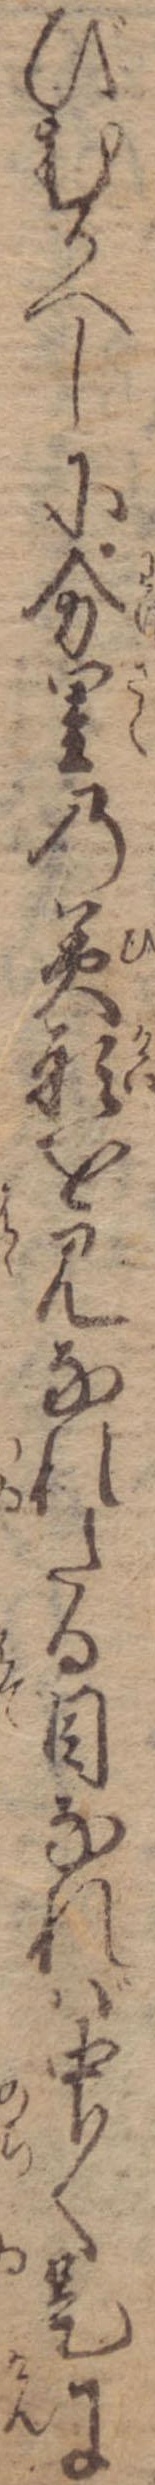
びむかへしに分里の美形を見なれたる目なれば中〱是に